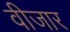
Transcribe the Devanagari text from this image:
वीजार